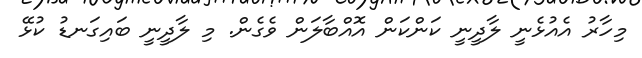
މިހާރު އެއުޅެނީ ލާދީނީ ކަންކަން އޮއްބާލަން ވެގެން. މި ލާދީނީ ބައިގަނޑު ކުޅޭ